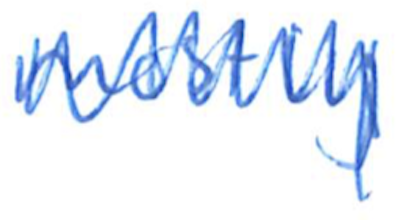
Text: mostly
Cross-out: zig-zag
Writing tool: ballpoint